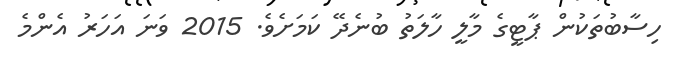
ހިސާބުތަކުން ޕާޓީގެ މާލީ ހާލަތު ބުނެދޭ ކަމަށެވެ. 2015 ވަނަ އަހަރު އެންމެ